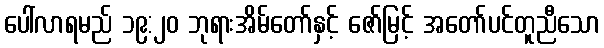
ပေါ်လာရမည် ၁၉:၂၀ ဘုရားအိမ်တော်နှင့် ဇော်မြင့် အတော်ပင်တူညီသော